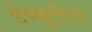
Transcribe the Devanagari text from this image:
डेप्युटीज